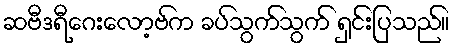
ဆဗီဒရီဂေးလော့ဗ်က ခပ်သွက်သွက် ရှင်းပြသည်။